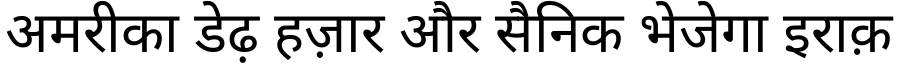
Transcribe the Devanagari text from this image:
अमरीका डेढ़ हज़ार और सैनिक भेजेगा इराक़